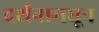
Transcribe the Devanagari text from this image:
दर्शनामधून